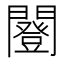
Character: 𨶿